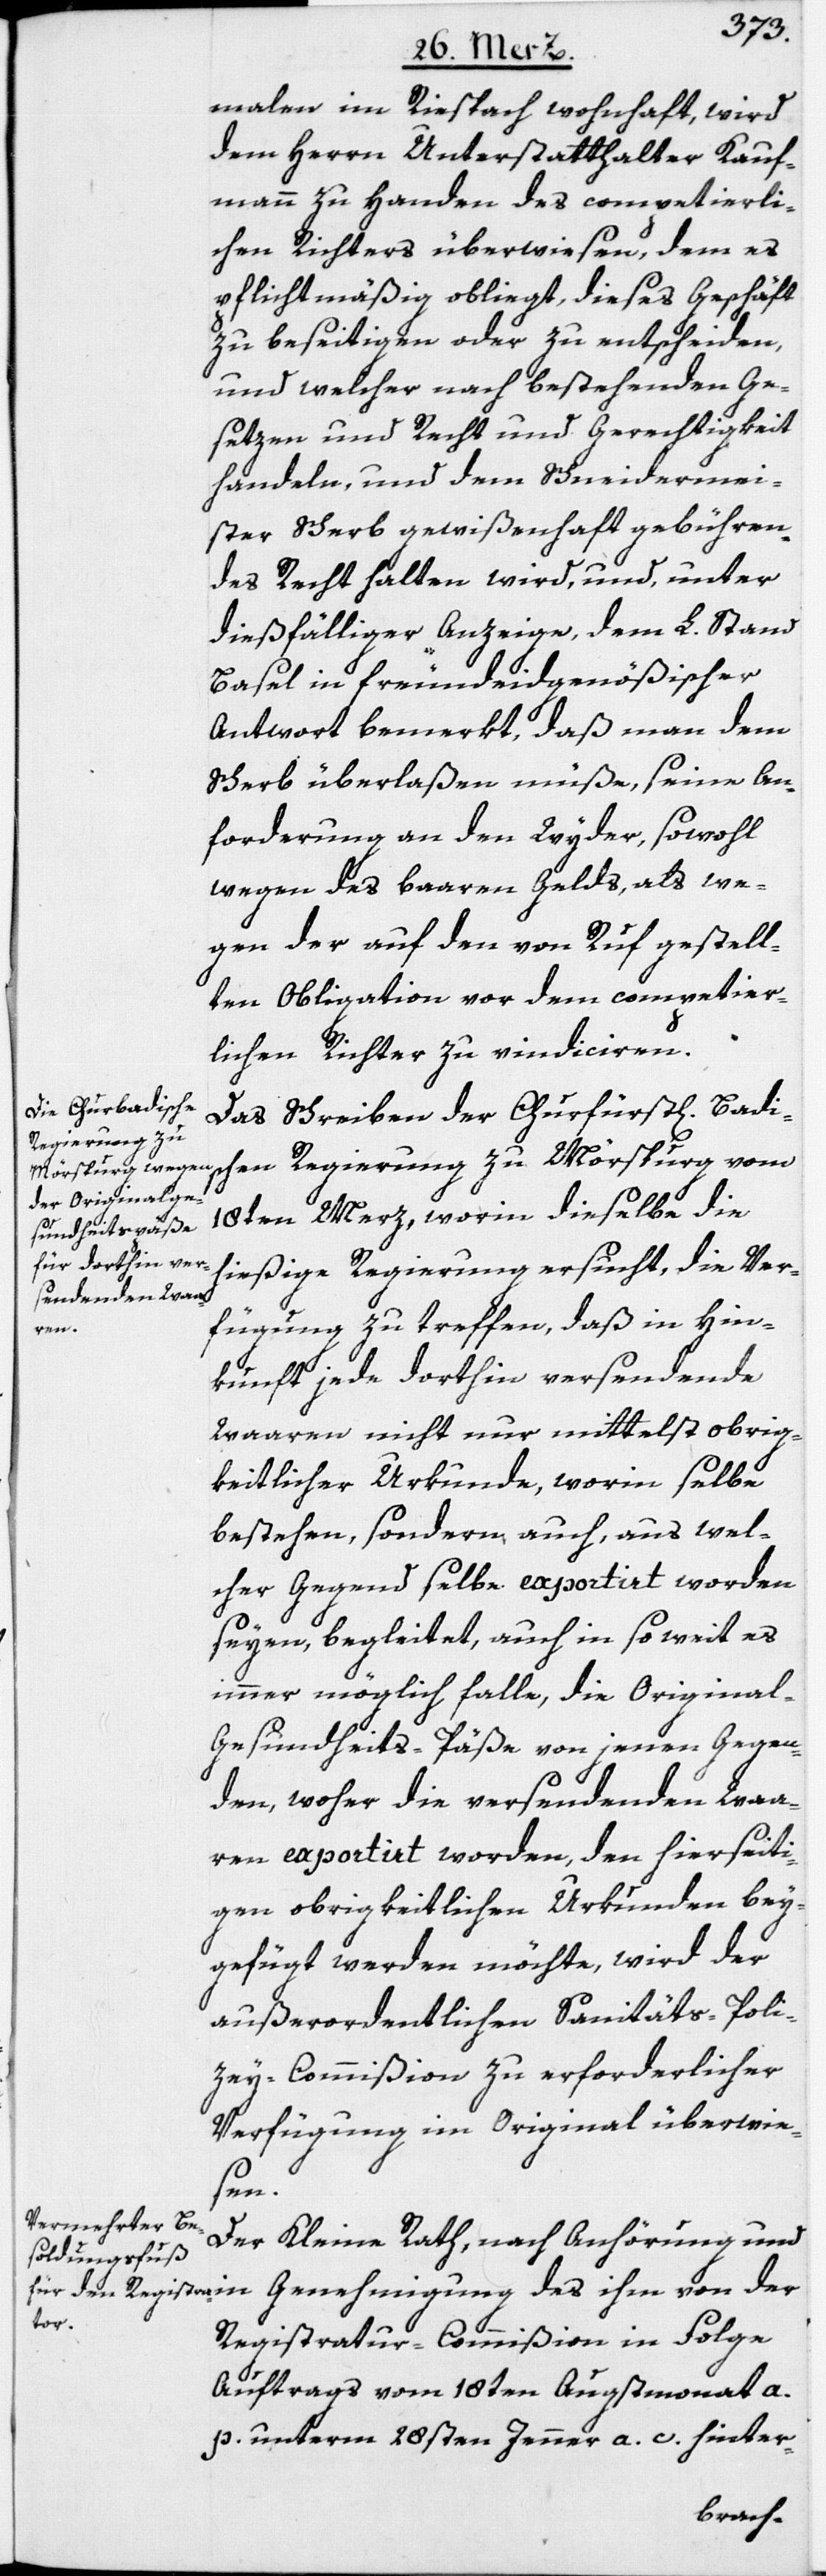
malen im Riespach wohnhaft, wird
dem Herrn Unterstatthalter Kauf¬
mann zu Handen des competierli¬
chen Richters überwiesen, dem es
pflichtmäßig obliegt, dieses Geschäft
zu beseitigen oder zu entscheiden,
und welcher nach bestehenden Ge¬
setzen und Recht und Gerechtigkeit
handeln, und dem Schneidermei¬
ster Scherb gewißenhaft gebühren¬
des Recht halten wird, und, unter
dießfälliger Anzeige, dem L. Stand
Basel in freundeidgenößischer
Antwort bemerkt, daß man dem
Scherb überlaßen müße, seine An¬
forderung an den Wyder, sowohl
wegen des baaren Gelds, als we¬
gen der auf den von Ruf gestell¬
ten Obligation vor dem competier¬
lichen Richter zu vindiciren.
Das Schreiben der Churfürstl[ich] Badi¬
Regierung zu
18ten Merz, worin dieselbe die
hießige Regierung ersucht, die Ver¬
fügung zu treffen, daß in Hin¬
kunft jede dorthin versendende
Waaren nicht nur mittelst obrig¬
keitlicher Urkunde, worin selbe
bestehen, sondern auch, aus wel¬
cher Gegend selbe exportirt worden
seyen, begleitet, auch in so weit es
immer möglich falle, die Original-G¬
esundheits-Päße von jenen Gegen¬
den, woher die versendenden Waa¬
ren exportirt worden, den hierseiti¬
gen obrigkeitlichen Urkunden bey¬
gefügt werden möchte, wird der
außerordentlichen Sanitäts-Poli¬
zey-Commißion zu erforderlicher
Verfügung im Original überwie¬
sen.
Der Kleine Rath, nach Anhörung und
Registratur-Commißion in Folge
Auftrags vom 18ten Augstmonat a.
p. unterm 28sten Jenner a. c. hinter-